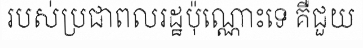
របស់ប្រជាពលរដ្ឋប៉ុណ្ណោះទេ គឺជួយ